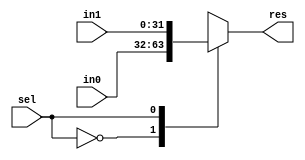
`timescale 1ns / 1ps
//////////////////////////////////////////////////////////////////////////////////
// Company: 
// Engineer: 
// 
// Design Name: 
// Module Name: MUX1_2_32bit
// Project Name: 
// Target Devices: 
// Tool Versions: 
// Description: 
// 
// Dependencies: 
// 
// Revision:
// Revision 0.01 - File Created
// Additional Comments:
// 
//////////////////////////////////////////////////////////////////////////////////


module MUX1_2_32bit(
        input [31:0] in0,
        input [31:0] in1,
        input sel,
        output reg [31:0] res
    );
    
    always@(in0 or in1 or sel)
    begin
        case(sel)
        0: res <= in0;
        1: res <= in1;
        default: res <= in0;
        endcase
    end
  
endmodule